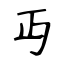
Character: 丏